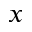
x